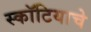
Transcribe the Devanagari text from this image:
स्कॉटियाचे